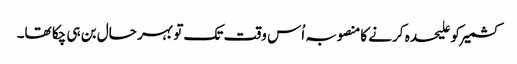
کشمیر کو علیحدہ کرنے کامنصوبہ اُس وقت تک تو بہر حال بن ہی چکا تھا۔